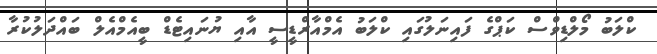
ކްލަބު މޯލްޑިވްސް ކަޕްގެ ފައިނަލުގައި ކްލަބު އެމްއާރްޑީސީ އާއި ޔުނައިޓެޑް ބީއެމްއެލް ބައްދަލުކުރާ